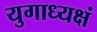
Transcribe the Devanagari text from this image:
युगाध्यक्षं